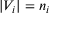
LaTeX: | V _ { i } | = n _ { i }